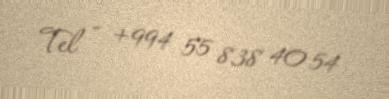
Tel - +994 55 838 40 54